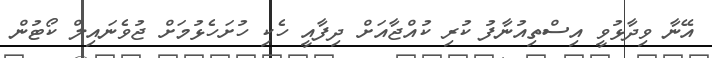
އޭނާ ވިދާޅުވީ އިސްތިއުނާފު ކުރި ކުއްޖާއަށް ދިފާއީ ހެކި ހުށަހެޅުމަށް ޖުވެނައިލް ކޯޓުން